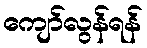
ကျော်လွန်ရန်